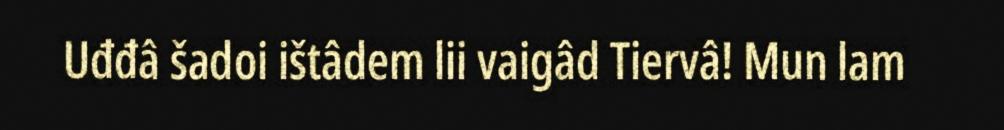
Uđđâ šadoi ištâdem lii vaigâd Tiervâ! Mun lam